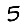
Digit: 5